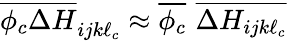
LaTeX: \overline{{\phi_{c}\Delta H}}_{ijk\ell_{c}}\approx\overline{{\phi_{c}}}\, \, \overline{{\Delta H_{ijk\ell_{c}}}}